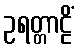
ဥရတ္တာဠိံ